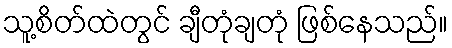
သူ့စိတ်ထဲတွင် ချီတုံချတုံ ဖြစ်နေသည်။